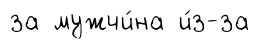
за мужчи́на и́з-за